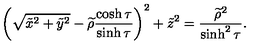
\left( \sqrt { \tilde { x } ^ { 2 } + \tilde { y } ^ { 2 } } - \widetilde { \rho } \frac { \cosh \tau } { \sinh \tau } \right) ^ { 2 } + \tilde { z } ^ { 2 } = \frac { \widetilde { \rho } ^ { 2 } } { \sinh ^ { 2 } \tau } .